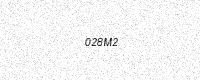
Text: 028M2